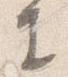
生